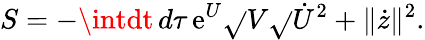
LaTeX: S=-\intdt\, d\tau\, \mathrm{e}^{U}\sqrt{}{{V}}\sqrt{}{{\dot{{U}}^{2}+\| \dot{{z}}\| ^{2}}}.